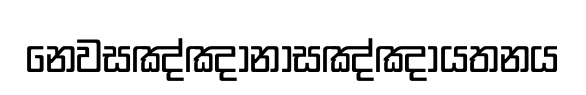
නෙවසඤ්ඤානාසඤ්ඤායතනය